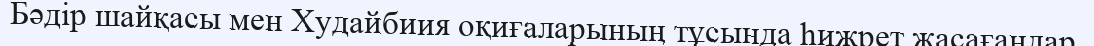
Бәдір шайқасы мен Худайбиия оқиғаларының тұсында һижрет жасағандар.